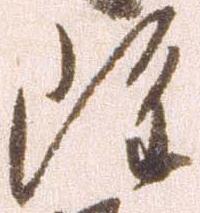
雖